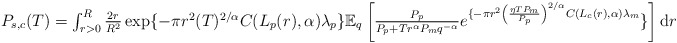
\begin{align*}\textstyle P_{s,c}(T)=\int_{r>0}^{R}\frac{2r}{R^2}\exp\{-\pi r^2 (T )^{2/\alpha}C(L_p(r),\alpha)\lambda_p \} \mathbb{E}_q\left[\frac{P_p}{P_p+Tr^\alpha P_m {q}^{-\alpha}}e^{\{-\pi r^2 \left(\frac{\eta T P_m}{P_p}\right)^{2/\alpha}C(L_c(r),\alpha)\lambda_m} \}\right]\mathrm{d}r \end{align*}